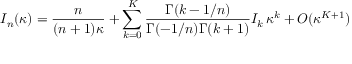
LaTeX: { \cal I } _ { n } ( \kappa ) = { \frac { n } { ( n + 1 ) \kappa } } + \sum _ { k = 0 } ^ { K } { \frac { \Gamma ( k - 1 / n ) } { \Gamma ( - 1 / n ) \Gamma ( k + 1 ) } } I _ { k } \, \kappa ^ { k } + { \cal O } ( \kappa ^ { K + 1 } )